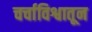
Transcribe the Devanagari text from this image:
चर्चाविश्वातून